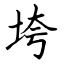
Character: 垮